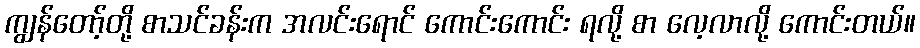
ကျွန်တော့်တို့ စာသင်ခန်းက အလင်းရောင် ကောင်းကောင်း ရလို့ စာ လေ့လာလို့ ကောင်းတယ်။